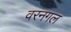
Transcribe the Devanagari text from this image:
वरनगल